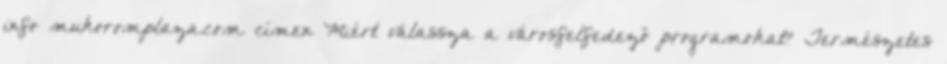
info mukoromplaza.com címen Miért válassza a városfelfedező programokat? Természetes